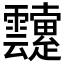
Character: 𲊓